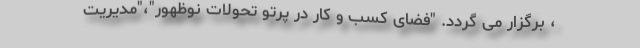
، برگزار می گردد. "فضای کسب و کار در پرتو تحولات نوظهور"،"مدیریت